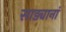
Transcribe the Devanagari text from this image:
साड्यानां